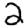
Digit: 2